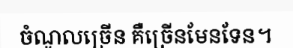
ចំណូលច្រើន គឺច្រើនមែនទែន។